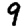
Digit: 9